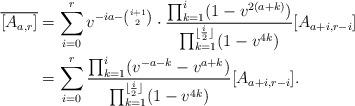
LaTeX: \begin{align*}\overline{[A_{a,r}]} &=\sum_{i=0}^r v^{-ia - {i+1 \choose 2}} \cdot \frac{\prod_{k=1}^i (1-v^{2(a+k)} )}{\prod_{k=1}^{\lfloor \frac{i}2\rfloor} (1-v^{4k})} [A_{a+i, r-i}] \\ &= \sum_{i=0}^r \frac{\prod_{k=1}^i (v^{-a-k}-v^{a+k} )}{\prod_{k=1}^{\lfloor \frac{i}2\rfloor} (1-v^{4k})} [A_{a+i, r-i}]. \end{align*}